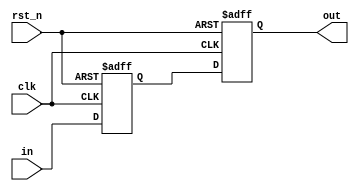
module sync_cell (input wire clk,
	               input wire rst_n,
                  input wire in,
	               output wire out);

   reg in_d1;
   reg in_d2;

   always @(posedge clk or negedge rst_n) begin
      if(~rst_n) begin
         in_d1 <= 1'b0;
         in_d2 <= 1'b0;
      end
      else begin
         in_d1 <= in;
         in_d2 <= in_d1;
      end
   end

   assign out = in_d2;

endmodule